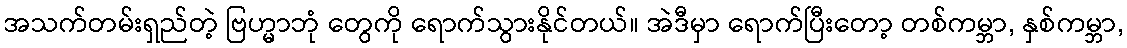
အသက်တမ်းရှည်တဲ့ ဗြဟ္မာဘုံ တွေကို ရောက်သွားနိုင်တယ်။ အဲဒီမှာ ရောက်ပြီးတော့ တစ်ကမ္ဘာ, နှစ်ကမ္ဘာ,